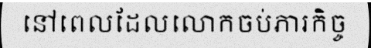
នៅពេលដែលលោកចប់ភារកិច្ច